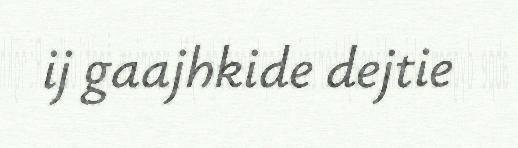
ij gaajhkide dejtie